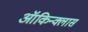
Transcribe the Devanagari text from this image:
ऑकिन्क्लास